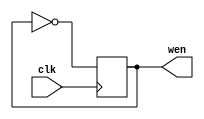
`timescale 1ns / 1ps
//////////////////////////////////////////////////////////////////////////////////
// Company: 
// Engineer: 
// 
// Design Name: 
// Module Name: wen
// Project Name: 
// Target Devices: 
// Tool Versions: 
// Description: 
// 
// Dependencies: 
// 
// Revision:
// Revision 0.01 - File Created
// Additional Comments:
// 
//////////////////////////////////////////////////////////////////////////////////


module wen(clk,wen);
input clk;
output reg wen;

always@(posedge clk)begin
    wen=~wen;
end
endmodule